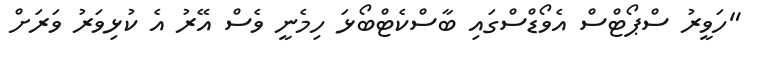
"ހަވީރު ސްޕޯޓްސް އެވޯޑްސްގައި ބާސްކެޓްބޯޅަ ހިމެނީ ވެސް އޭރު އެ ކުޅިވަރު ވަރަށް